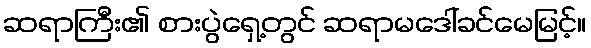
ဆရာကြီး၏ စားပွဲရှေ့တွင် ဆရာမဒေါ်ခင်မေမြင့်။